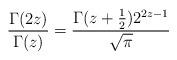
LaTeX: \begin{align*} \frac{\Gamma(2z)}{\Gamma(z)} = \frac{\Gamma(z + \tfrac{1}{2}) 2^{2z - 1}}{\sqrt \pi}\end{align*}